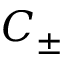
C _ { \pm }